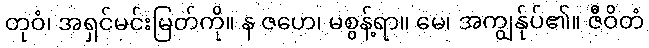
တုဝံ၊ အရှင်မင်းမြတ်ကို။ န ဇဟေ၊ မစွန့်ရာ။ မေ၊ အကျွန်ုပ်၏။ ဇီဝိတံ